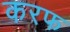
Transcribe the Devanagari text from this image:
करफ